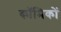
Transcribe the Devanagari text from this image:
काॅमिकों